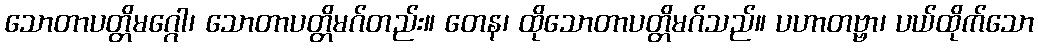
သောတာပတ္တိမဂ္ဂေါ၊ သောတာပတ္တိမဂ်တည်း။ တေန၊ ထိုသောတာပတ္တိမဂ်သည်။ ပဟာတဗ္ဗာ၊ ပယ်ထိုက်သော